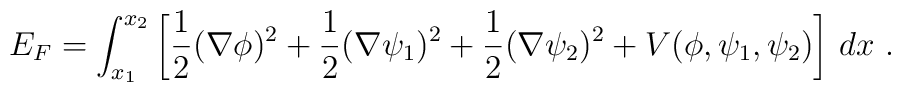
E_F = \int_{x_1}^{x_2} \left[{1\over 2}(\nabla\phi)^2 +   {1\over 2}(\nabla\psi_1)^2 + {1\over 2}(\nabla\psi_2)^2 +  V(\phi,\psi_1,\psi_2)\right]\, dx\ .